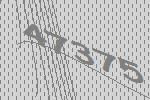
47375